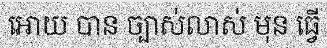
អោយ បាន ច្បាស់លាស់ មុន ធ្វើ